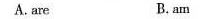
A.are B. am